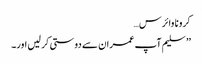
کرونا وائرس…
’’ سلیم آپ عمران سے دوستی کر لیں اور۔